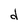
Character: d